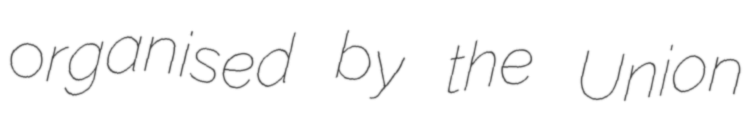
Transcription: organised by the Union